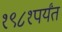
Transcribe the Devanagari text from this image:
१९८१पर्यंत